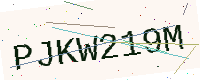
Text: PJKW219M